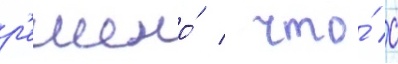
р'ешено́ / что́ с